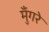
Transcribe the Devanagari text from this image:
मुँगरे